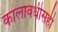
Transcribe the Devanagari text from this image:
कालावधीसही